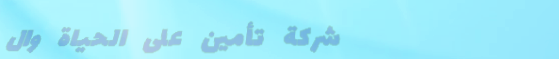
شركة تأمين على الحياة وال